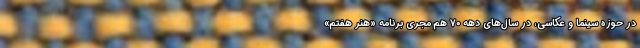
در حوزه سینما و عکاسی، در سال‌های دهه ۷۰ هم مجری برنامه «هنر هفتم»